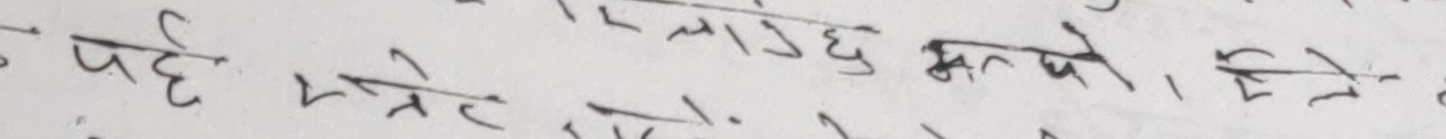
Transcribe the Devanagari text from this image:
पर्छ फेरि लाग्छ भन्ने, होइन